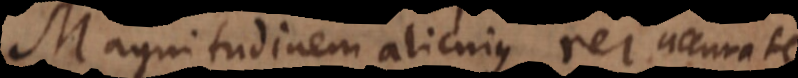
Magnitudinem alicujus rei accurate